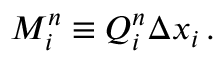
M _ { i } ^ { n } \equiv Q _ { i } ^ { n } \Delta x _ { i } \, .